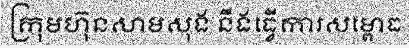
ក្រុមហ៊ុនសាមសុង នឹងធ្វើការសម្ពោធ